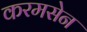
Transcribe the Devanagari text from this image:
करमसेन